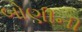
બોણીની